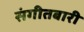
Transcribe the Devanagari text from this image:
संगीतबारी